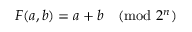
F ( a , b ) = a + b { \pmod { 2 ^ { n } } }